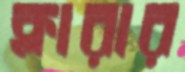
ক্লারার